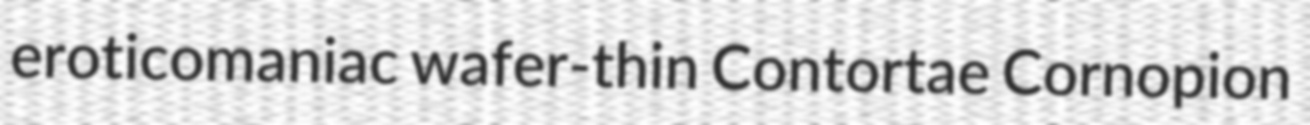
eroticomaniac wafer-thin Contortae Cornopion